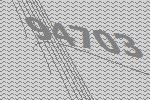
94703